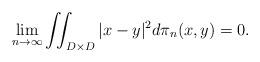
LaTeX: \begin{align*} \lim_{n \rightarrow \infty} \iint_{D \times D} | x- y |^2 d \pi_n(x,y) =0. \end{align*}